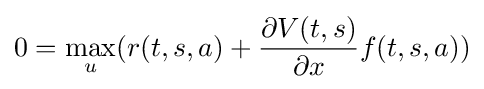
0=\max _{u}(r(t,s,a)+{\frac {\partial V(t,s)}{\partial x}}f(t,s,a))